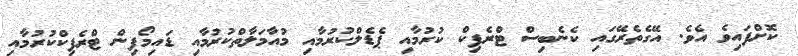
ކޮށްފައިވެ އެވެ. އޭގެތެރޭގައި ކެނެބިސް ޓްރެފިކް ކުރުމާއި ޕެޑެލްކުރުމާއި މުއާމަލާތްކުރުމާއި ޑައިމޯފިން ޓްރެފިކްކުރުމާއި